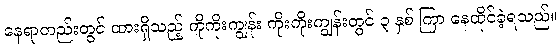
နေရာတည်းတွင် ထားရှိသည့် ကိုကိုးကျွန်း ကိုးကိုးကျွန်းတွင် ၃ နှစ် ကြာ နေထိုင်ခဲ့ရသည်။